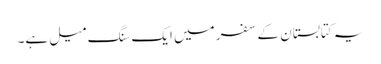
یہ کتابستان کے سفر میں ایک سنگ میل ہے۔